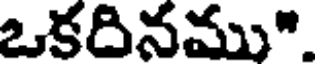
ఒకదినము".